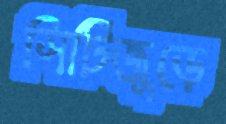
সিটিজুড়ে